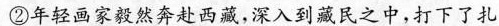
②年轻画家毅然奔赴西藏，深入到藏民之中，打下了扎